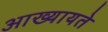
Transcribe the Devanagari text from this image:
आख्यायते